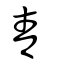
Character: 靑